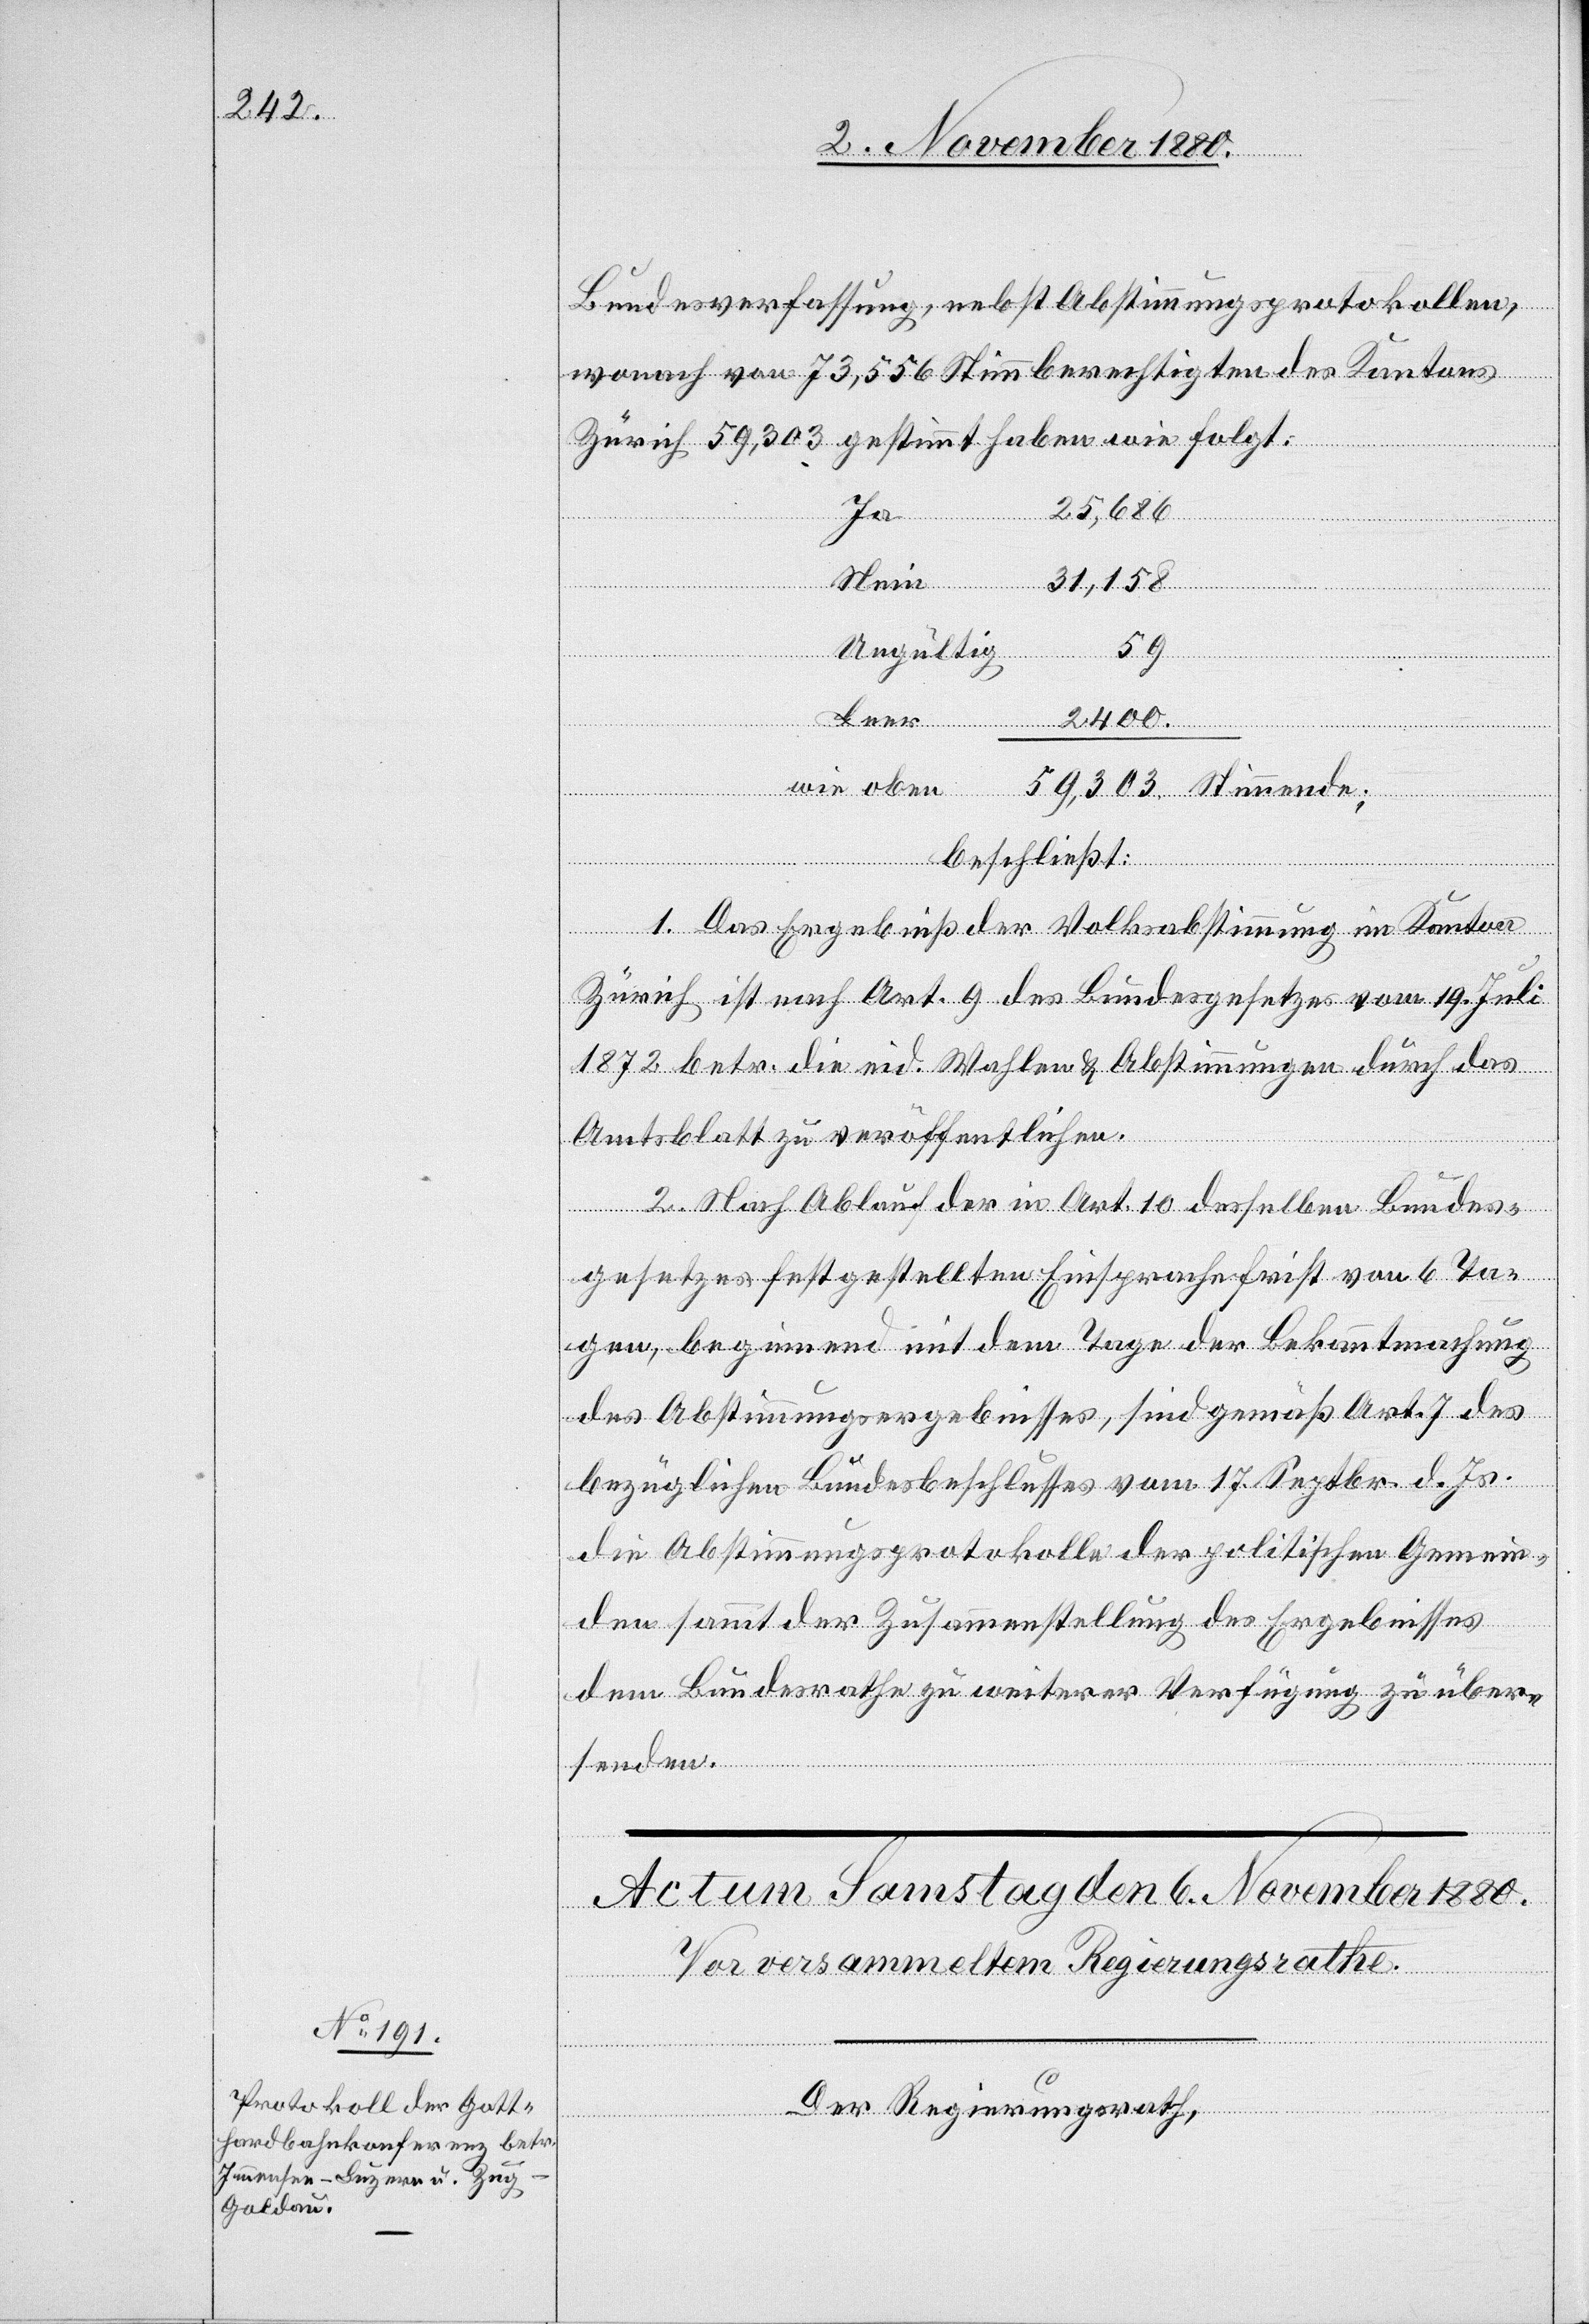
Bundesverfassung, nebst Abstimmungsprotokollen,
wonach von 73,556 Stimmberechtigten des Kantons
Zürich 59,303 gestimmt haben wie folgt:
25,686
Ja
Septbr. d.
Ungültig
Js.
1. Das Ergebniß der Volksabstimmung im Kanton
Zürich ist nach Art. 9 des Bundesgesetzes vom 19. Juli
1872 betr. die eid. Wahlen & Abstimmungen durch das
Amtsblatt zu veröffentlichen.
2. Nach Ablauf der in Art. 10 desselben Bundes¬
gesetzes festgestellten Einsprachefrist von 6 Ta¬
gen, beginnend mit dem Tage der Bekanntmachung
die Abstimmungsprotokolle der politischen Gemein¬
den sammt der Zusammenstellung des Ergebnisses
dem Bundesrathe zu weiterer Verfügung zu über¬
senden.
Der Regierungsrath,